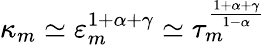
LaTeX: \kappa_{m}\simeq\varepsilon_{m}^{1+\alpha+\gamma}\simeq\tau_{m}^{\frac{1+\alpha+\gamma}{1-\alpha}}